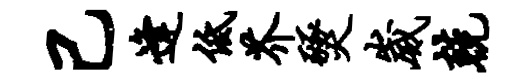
己逢低芥燹崴兢